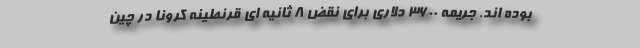
بوده اند. جریمه ۳۶۰۰ دلاری برای نقض ۸ ثانیه ای قرنطینه کرونا در چین